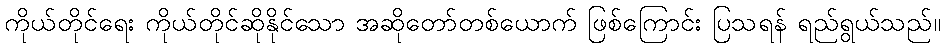
ကိုယ်တိုင်ရေး ကိုယ်တိုင်ဆိုနိုင်သော အဆိုတော်တစ်ယောက် ဖြစ်ကြောင်း ပြသရန် ရည်ရွယ်သည်။